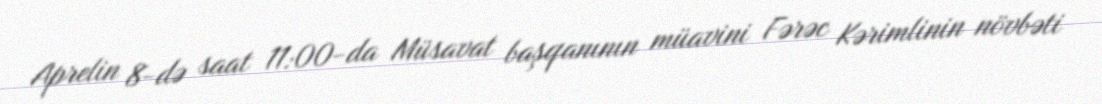
Aprelin 8-də saat 11:00-da Müsavat başqanının müavini Fərəc Kərimlinin növbəti